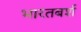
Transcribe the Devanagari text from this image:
भारतबर्श